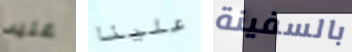
عليه علينا بالسفينة